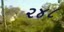
૨૪૮